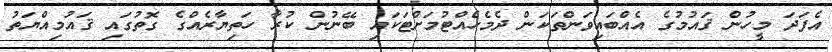
އެފަދަ މީހުން ޤައުމުގެ އެއްބައިވަންތަކަން ދެމެހެއްޓުމަށްޓަކައި ބޭނުން ކުރާ ހަތިޔާރެއްގެ ގޮތުގައި ޤައުމިއްޔަތު